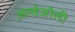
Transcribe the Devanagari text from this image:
अल्वेओली